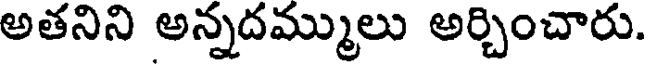
అతనిని అన్నదమ్ములు అర్చించారు.